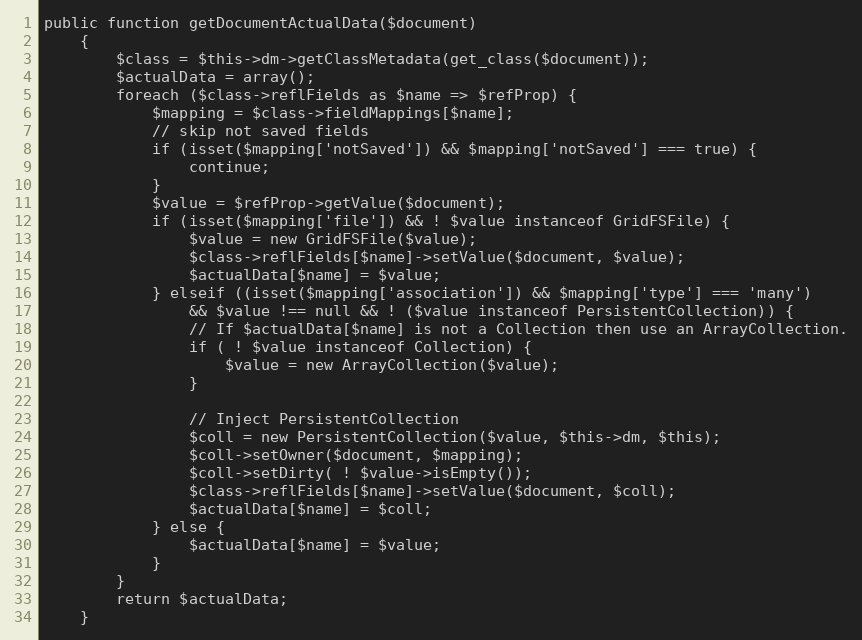
Language: PHP
public function getDocumentActualData($document)
    {
        $class = $this->dm->getClassMetadata(get_class($document));
        $actualData = array();
        foreach ($class->reflFields as $name => $refProp) {
            $mapping = $class->fieldMappings[$name];
            // skip not saved fields
            if (isset($mapping['notSaved']) && $mapping['notSaved'] === true) {
                continue;
            }
            $value = $refProp->getValue($document);
            if (isset($mapping['file']) && ! $value instanceof GridFSFile) {
                $value = new GridFSFile($value);
                $class->reflFields[$name]->setValue($document, $value);
                $actualData[$name] = $value;
            } elseif ((isset($mapping['association']) && $mapping['type'] === 'many')
                && $value !== null && ! ($value instanceof PersistentCollection)) {
                // If $actualData[$name] is not a Collection then use an ArrayCollection.
                if ( ! $value instanceof Collection) {
                    $value = new ArrayCollection($value);
                }

                // Inject PersistentCollection
                $coll = new PersistentCollection($value, $this->dm, $this);
                $coll->setOwner($document, $mapping);
                $coll->setDirty( ! $value->isEmpty());
                $class->reflFields[$name]->setValue($document, $coll);
                $actualData[$name] = $coll;
            } else {
                $actualData[$name] = $value;
            }
        }
        return $actualData;
    }